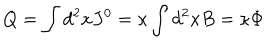
LaTeX: Q = \int d ^ { 2 } x J ^ { 0 } = \kappa \int d ^ { 2 } x B = \kappa \Phi